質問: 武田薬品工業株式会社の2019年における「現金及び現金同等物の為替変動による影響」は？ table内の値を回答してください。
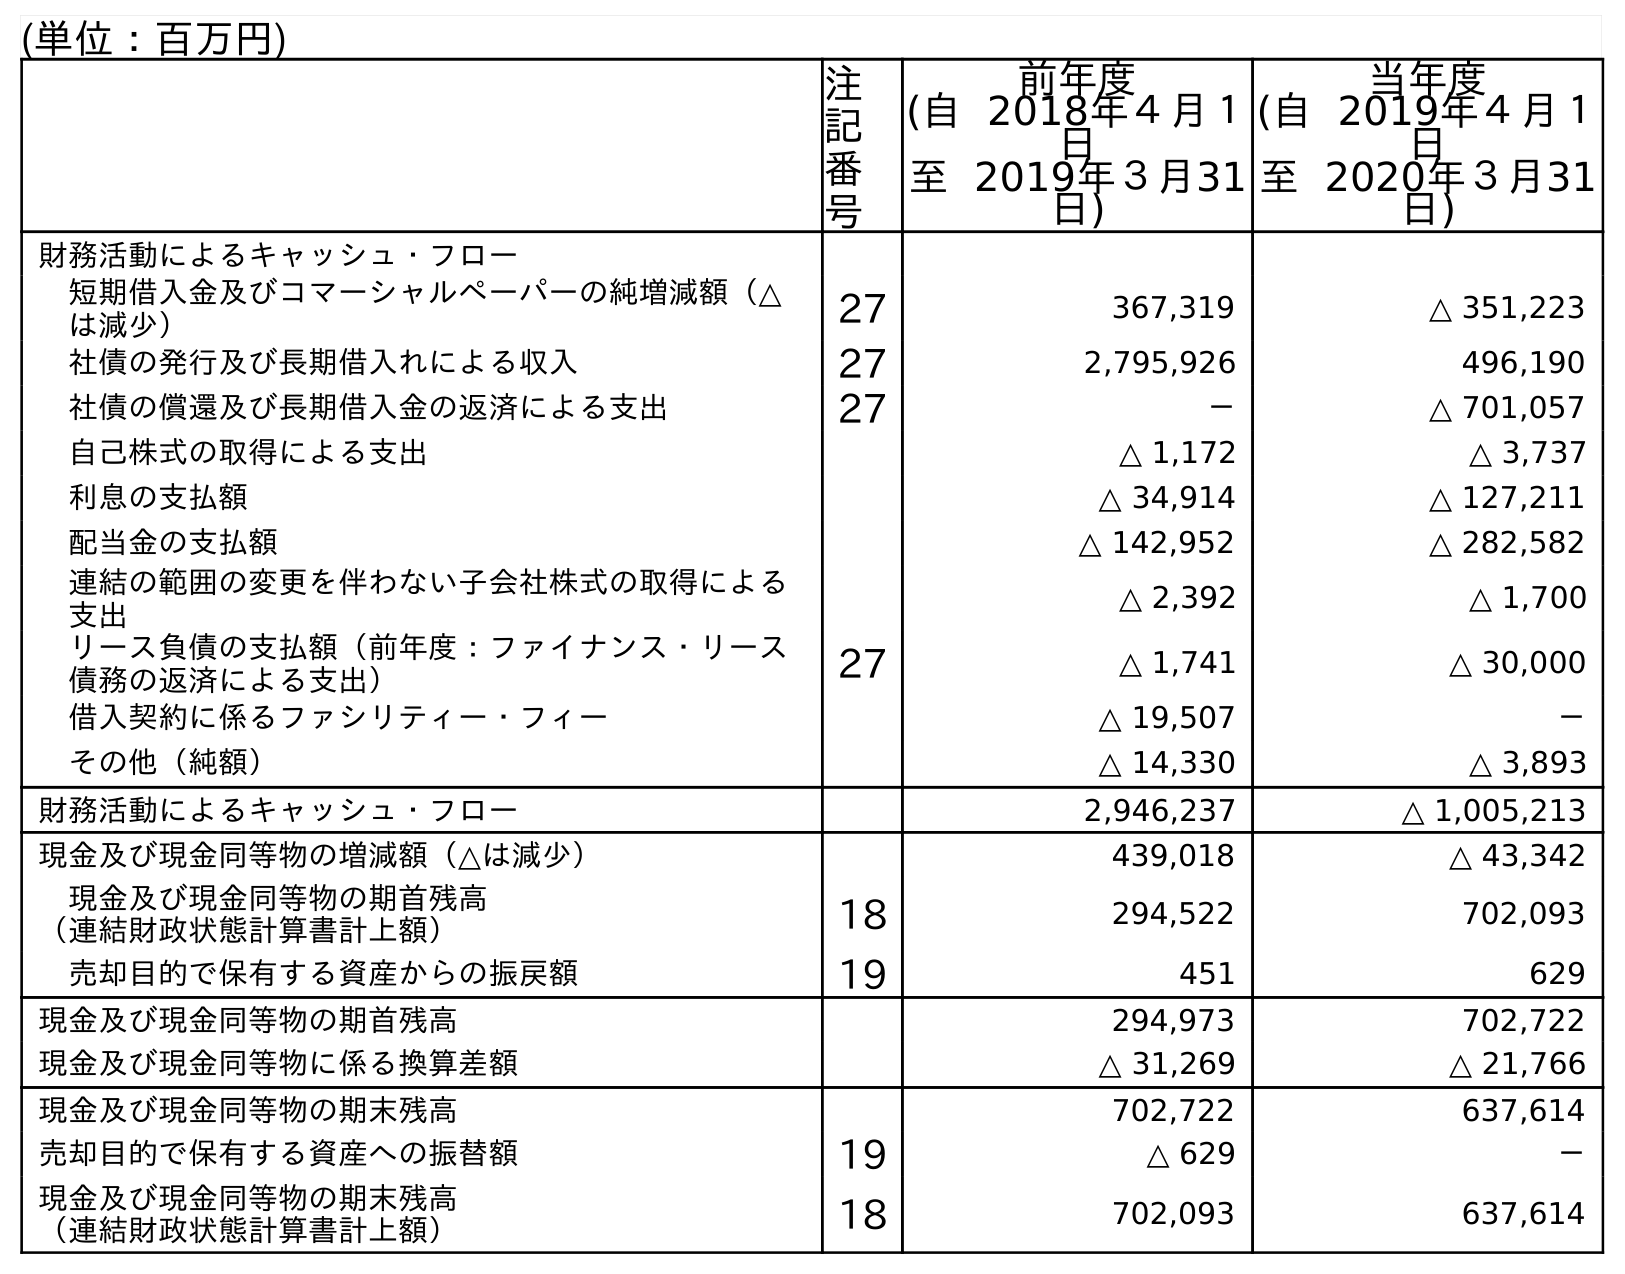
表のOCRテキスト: (単位：百万円) 注 記 番 号 前年度 (自 2018年４月１ 日 至 2019年３月31 日) 当年度 (自 2019年４月１ 日 至 2020年３月31 日) 財務活動によるキャッシュ・フロー 短期借入金及びコマーシャルペーパーの純増減額（△ は減少） 27 367,319 △ 351,223 社債の発行及び長期借入れによる収入 27 2,795,926 496,190 社債の償還及び長期借入金の返済による支出 27 － △ 701,057 自己株式の取得による支出 △ 1,172 △ 3,737 利息の支払額 △ 34,914 △ 127,211 配当金の支払額 △ 142,952 △ 282,582 連結の範囲の変更を伴わない子会社株式の取得による 支出 △ 2,392 △ 1,700 リース負債の支払額（前年度：ファイナンス・リース 債務の返済による支出） 27 △ 1,741 △ 30,000 借入契約に係るファシリティー・フィー △ 19,507 － その他（純額） △ 14,330 △ 3,893 財務活動によるキャッシュ・フロー 2,946,237 △ 1,005,213 現金及び現金同等物の増減額（△は減少） 439,018 △ 43,342 現金及び現金同等物の期首残高 （連結財政状態計算書計上額） 18 294,522 702,093 売却目的で保有する資産からの振戻額 19 451 629 現金及び現金同等物の期首残高 294,973 702,722 現金及び現金同等物に係る換算差額 △ 31,269 △ 21,766 現金及び現金同等物の期末残高 702,722 637,614 売却目的で保有する資産への振替額 19 △ 629 － 現金及び現金同等物の期末残高 （連結財政状態計算書計上額） 18 702,093 637,614
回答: △31,269